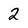
Character: 2